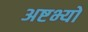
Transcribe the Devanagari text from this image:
अष्टभ्यो